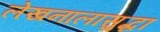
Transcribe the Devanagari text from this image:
लेखनालासुद्धा